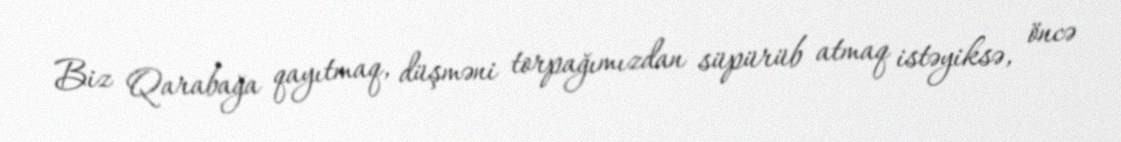
Biz Qarabağa qayıtmaq, düşməni torpağımızdan süpürüb atmaq istəyiksə, öncə